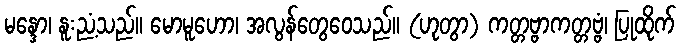
မန္ဒော၊ နူးညံ့သည်။ မောမူဟော၊ အလွန်တွေဝေသည်။ (ဟုတွာ) ကတ္တဗ္ဗာကတ္တဗ္ဗံ၊ ပြုထိုက်